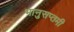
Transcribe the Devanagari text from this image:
भानुसप्तमी